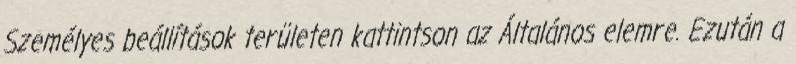
Személyes beállítások területen kattintson az Általános elemre. Ezután a